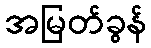
အမြတ်ခွန်